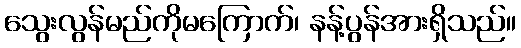
သွေးလွန်မည်ကိုမကြောက်၊ နန့်ပွန်အားရှိသည်။